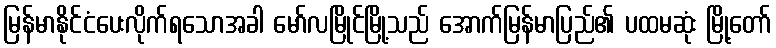
မြန်မာနိုင်ငံပေးလိုက်ရသောအခါ မော်လမြိုင်မြို့သည် အောက်မြန်မာပြည်၏ ပထမဆုံး မြို့တော်